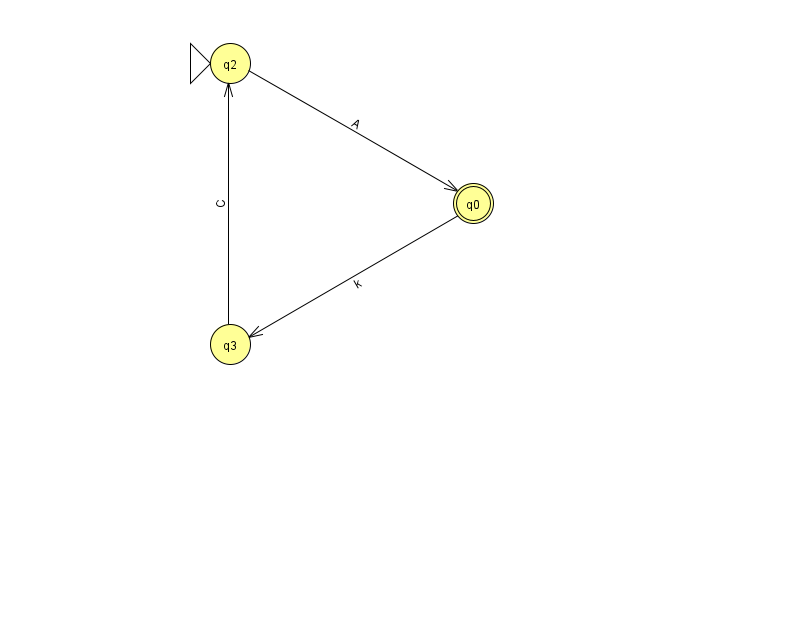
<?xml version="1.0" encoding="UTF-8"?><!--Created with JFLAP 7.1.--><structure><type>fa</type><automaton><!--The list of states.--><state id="0" name="q0"><x>473.0</x><y>190.0</y><final/></state><state id="2" name="q2"><x>230.0</x><y>50.0</y><initial/></state><state id="3" name="q3"><x>230.0</x><y>331.0</y></state><!--The list of transitions.--><transition><from>0</from><to>3</to><read>k</read></transition><transition><from>2</from><to>0</to><read>A</read></transition><transition><from>3</from><to>2</to><read>C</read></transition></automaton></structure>